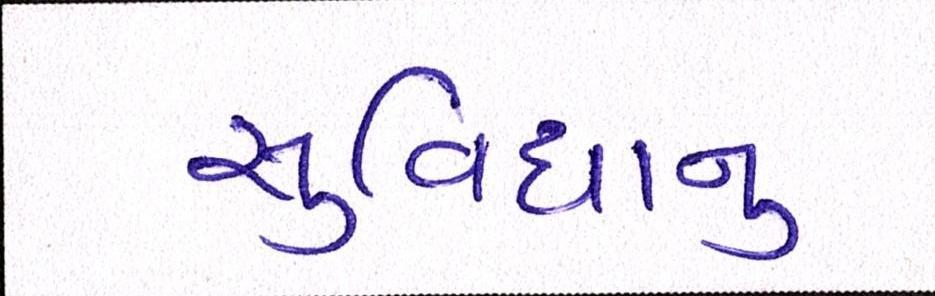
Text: સુવિધાનુ